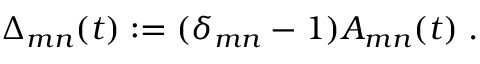
\Delta _ { m n } ( t ) : = ( \delta _ { m n } - 1 ) A _ { m n } ( t ) \; .